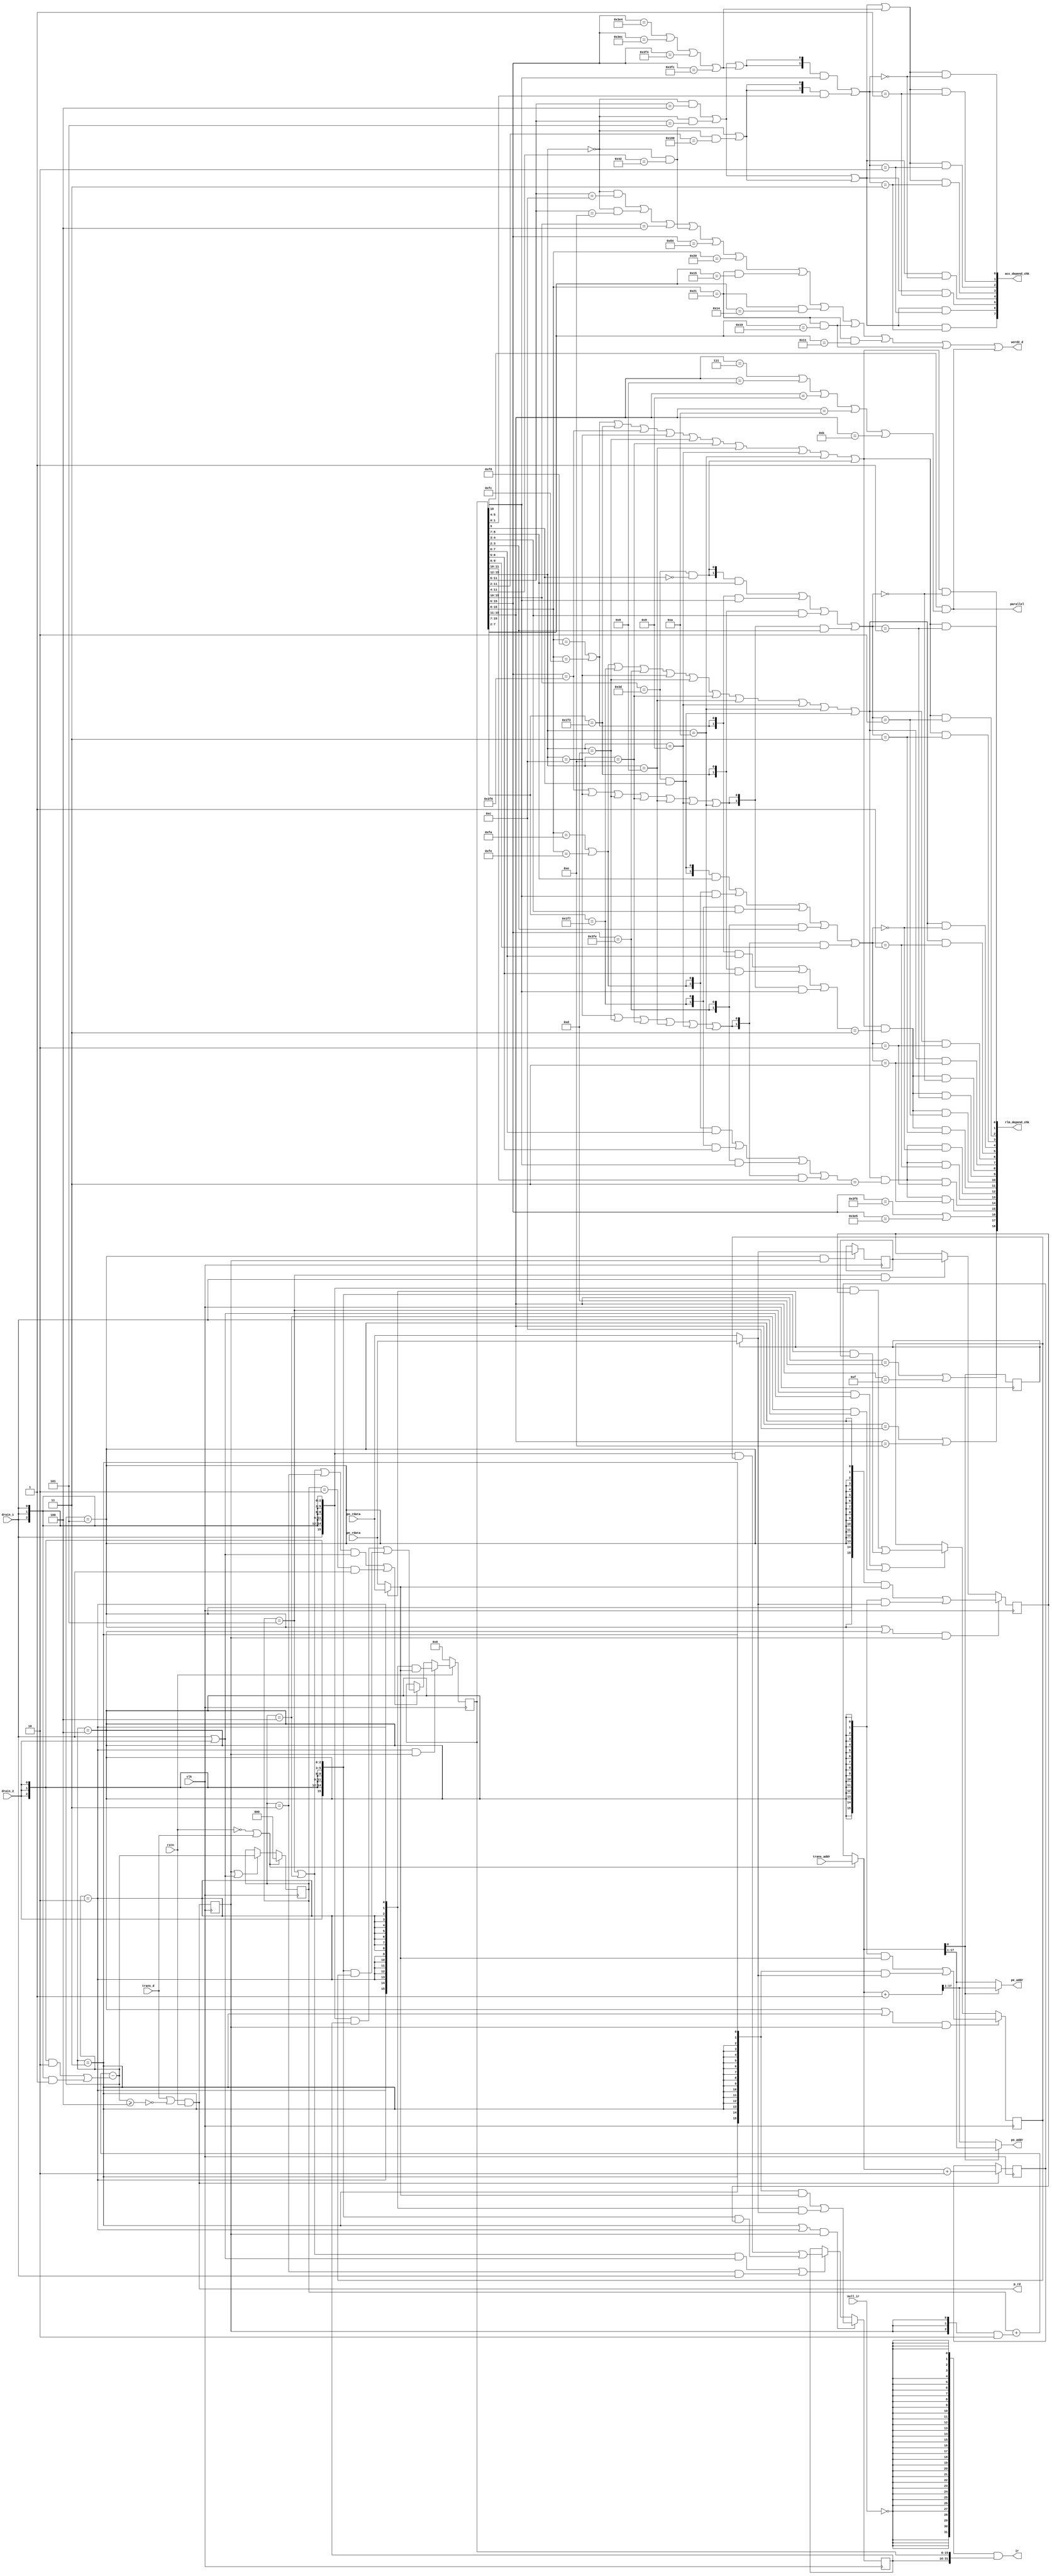
module pgm_fetch(
                 clk, rstn,
                 p_rd, 
                 pe_addr, po_addr,
                 pe_rdata, po_rdata,
                 drain_1, drain_2, 
                 trans_d, trans_addr,
                 null_ir, ir, word2_d, parallel,
                 acc_depend_chk, rlm_depend_chk
                 );

input clk, rstn;
input [15:0] pe_rdata, po_rdata;
input drain_1, drain_2;
input trans_d;
input [17:0] trans_addr;
input null_ir;
output p_rd; 
output [16:0] pe_addr, po_addr;
output [31:0] ir;
output word2_d, parallel;
output [7:0] acc_depend_chk;
output [18:0] rlm_depend_chk;
//-------------------------------
reg [17:0] linear_paddr;
wire [17:0] paddr, next_paddr;
wire [16:0] po_addr, pe_addr;
reg paddr_d;
wire p_rd;
reg fill;
wire [15:0] lead_word, next_word;
reg [2:0] pf_fifo_cnt;
wire [2:0] next_fifo_cnt;
wire next_pt1, next_pt2, next_pt3, next_pt4, next_pt5;
wire pt2, pt3, pt4, pt5;
wire drain;
reg [15:0] pir2, pir1, pir0, ir1, ir0;
wire [31:0] ir;
wire word2_d;
wire ir_0000, jmp_la, jmp_acc, call_la, call_acc;
wire loop_con, loop_var, rep_var, mvli, ldst_la;
wire ld1_acc, ld2_acc, st1_acc, st2_acc;
wire ld1_reg, ld2_reg, ldsa1, ldsa2, push, st1_reg, st2_reg, stsa1, stsa2, pop, mr;
wire ldd1, ldd2, std1, std2, ld1ld2, ld1st2, st1ld2, ldd1ldd2, ldd1std2, std1ldd2;
wire cmpli, adli, anli, orli, xoli;
wire parallel, ir_0010_0001;
wire trans_acc, cnt_acc, ldst_acc, sel_a, sel_b, sel_c, sel_d;
wire [1:0] acc_sel;
wire depend_a_chk_a, depend_b_chk_a, depend_c_chk_a, depend_d_chk_a;
wire depend_a_chk_e, depend_b_chk_e, depend_c_chk_e, depend_d_chk_e;
wire x_reg;
wire [1:0] x_rsel;
wire x_msel;
wire y_reg;
wire [1:0] y_rsel;
wire y_msel;
wire sel_r0, sel_r1, sel_r2, sel_r3, sel_r4, sel_r5, sel_r6, sel_r7;
wire depend_rl0_chk_a, depend_rl1_chk_a, depend_rl2_chk_a, depend_rl3_chk_a;
wire depend_m0_chk_a, depend_m1_chk_a, depend_m2_chk_a, depend_m3_chk_a;
wire depend_xdpp_chk_a, depend_swsp_chk_a;
wire depend_rl4_chk_a, depend_rl5_chk_a, depend_rl6_chk_a, depend_rl7_chk_a;
wire depend_m4_chk_a, depend_m5_chk_a, depend_m6_chk_a, depend_m7_chk_a;
wire depend_ydpp_chk_a;
wire [7:0] acc_depend_chk;
wire [18:0] rlm_depend_chk;
wire x_mr, y_mr;
//-------------------------------------------------
always @ (posedge clk) begin
 if (p_rd)  // p_rd is for `program read`fifoi-memory
   linear_paddr <= paddr + 18'h2; 
end	

assign paddr      = (~rstn | trans_d) ? trans_addr : linear_paddr; // linear_paddrtrans_addrpc
assign next_paddr = paddr + 18'h1; // memory2bankbankback+1    
//------------------------------------------------
// program memory address interface
assign po_addr  = paddr[0] ? paddr[17:1] : next_paddr[17:1];
assign pe_addr  = ~paddr[0] ? paddr[17:1] : next_paddr[17:1];

always @(posedge clk) begin	
   paddr_d <= paddr[0];
end
// program read request
// TODO: next_fifo_cnt change to pf_fifo_cnt
assign p_rd  = (trans_d | ~(next_fifo_cnt >= 3'h4)) & rstn; // fifo count less than or equal to 3

always @(posedge clk) begin
   fill <= p_rd; 
end	

// program memory data interface
assign	lead_word = paddr_d ?  po_rdata : pe_rdata;
assign	next_word = ~paddr_d ?  po_rdata : pe_rdata;
//#######################################
// instruction FIFO
//######################################
// calculate fifo depth

always @ (posedge clk) begin
    if (~rstn | trans_d)         
      pf_fifo_cnt <= 3'h0; 
    else if (fill | drain) // fill: FIFO push, drain: fifo pop
      pf_fifo_cnt  <= next_fifo_cnt;
end

assign next_fifo_cnt = pf_fifo_cnt + ({3{fill}} & 3'h2) 
                                   - (({3{drain_2}} & 3'h2) | ({3{drain_1}} & 3'h1)); // fifo pop 1 or 2
                                   
assign next_pt1 = (next_fifo_cnt == 3'h1);
assign next_pt2 = (next_fifo_cnt == 3'h2);
assign next_pt3 = (next_fifo_cnt == 3'h3);
assign next_pt4 = (next_fifo_cnt == 3'h4);
assign next_pt5 = (next_fifo_cnt == 3'h5); 

assign pt2 = (pf_fifo_cnt == 3'h2);
assign pt3 = (pf_fifo_cnt == 3'h3);
assign pt4 = (pf_fifo_cnt == 3'h4);
assign pt5 = (pf_fifo_cnt == 3'h5); 

//-------------------------------      
// FIFO body
assign drain = drain_1 | drain_2;

always @(posedge clk) begin
 if (next_pt5 & fill)   
     pir2 <= next_word;     
end

always @(posedge clk) begin
 if ((next_pt5 | next_pt4) & fill)   
     pir1 <= ({16{next_pt5}} & lead_word) |
             ({16{next_pt4}} & next_word);
 else if (pt5 & drain_1)
     pir1 <= pir2;
end

always @(posedge clk) begin
 if ((next_pt4 | next_pt3) & fill)   
     pir0 <= ({16{next_pt4}} & lead_word) |
             ({16{next_pt3}} & next_word);  
 else if ((pt5 & drain) | (pt4 & drain_1))
     pir0 <= ({16{drain_1}} & pir1) |
             ({16{drain_2}} & pir2);  
end

always @(posedge clk) begin
 if ((next_pt3 | next_pt2) & fill)   // fifo 1*16bits
     ir1 <= ({16{next_pt3}} & lead_word) |
            ({16{next_pt2}} & next_word);
 else if (((pt5 | pt4) & drain) | (pt3 & drain_1)) // fifo2*16bits
     ir1 <= ({16{drain_1}} & pir0) |
            ({16{drain_2}} & pir1);
end

always @(posedge clk) begin
 if (~rstn) // TODO: ir0reset?
     ir0 <= 16'h0;
 else if (next_pt2 & fill) // fifo empty  
     ir0 <= ({16{next_pt2}} & lead_word);    
 else if (((pt5 | pt4 | pt3) & drain) | (pt2 & drain_1)) // fifo not empty
     ir0 <= ({16{drain_1}} & ir1) |
            ({16{drain_2}} & pir0);
end 
//############################################################
// pre_decode 2-word instructions
assign ir_0000  = (ir0[15:12] == 4'b0000);
assign jmp_la   = ir_0000 & (ir0[11:6]  == 6'b0011_00); 
assign jmp_acc  = ir_0000 & (ir0[11:6]  == 6'b0001_00); 
assign call_la  = ir_0000 & (ir0[11:6]  == 6'b0011_10); 
assign call_acc = ir_0000 & (ir0[11:6]  == 6'b0001_01); 
assign rep_var  = ir_0000 & (ir0[11:2] == 10'b0100_0000_00); 
assign loop_var = ir_0000 & (ir0[11:4]  == 8'b0100_0010); 
assign loop_con = (ir0[15:10] == 6'b0001_00); 
assign mvli     = (ir0[15:6]  == 10'b0010_0001_00); 
assign ldst_la  = (ir0[15:8]  == 8'b0010_0000); 

assign ld1_acc = (ir0[15:6]  == 10'b1111_1001_00);  
assign ld2_acc = (ir0[15:6]  == 10'b1111_1011_00); 
assign st1_acc = (ir0[15:6]  == 10'b1111_1101_00); 
assign st2_acc = (ir0[15:6]  == 10'b1111_1111_00); 
//----------------------------------------------------
assign ld1_reg = (ir0[15:8]  ==  8'b1111_1000); 
assign ld2_reg = (ir0[15:8]  ==  8'b1111_1010);   
assign ldsa1   = (ir0[15:11]  == 5'b0110_0); 
assign ldsa2   = (ir0[15:11]  == 5'b0110_1); 
assign push    = (ir0[15:6]  == 10'b1111_1101_01); 
assign st1_reg = (ir0[15:8]  ==  8'b1111_1100); 
assign st2_reg = (ir0[15:8]  ==  8'b1111_1110);  
assign stsa1   = (ir0[15:11]  == 5'b0111_0); 
assign stsa2   = (ir0[15:11]  == 5'b0111_1); 
assign pop     = (ir0[15:6]  == 10'b1111_1001_01);
assign mr      = (ir0[15:10]  == 6'b1111_01);

assign ldd1 = (ir0[15:7] == 9'b1111_1001_1);
assign ldd2 = (ir0[15:7] == 9'b1111_1011_1);
assign std1 = (ir0[15:6] == 10'b1111_1101_10);
assign std2 = (ir0[15:6] == 10'b1111_1111_10);

assign ld1ld2 = (ir0[15:12] == 4'b1100);
assign ld1st2 = (ir0[15:12] == 4'b1101);
assign st1ld2 = (ir0[15:12] == 4'b1110);

assign ldd1ldd2 = (ir0[15:12] == 4'b1000);
assign ldd1std2 = (ir0[15:12] == 4'b1001);
assign std1ldd2 = (ir0[15:12] == 4'b1010);
//-------------------------------------------------
assign ir_0010_0001 = (ir0[15:8] == 8'b0010_0001);
assign cmpli = ir_0010_0001 & (ir0[7:2] == 6'b0101_01);
assign adli  = ir_0010_0001 & (ir0[7:2] == 6'b0101_00);
assign anli  = ir_0010_0001 & (ir0[7:2] == 6'b0100_00);
assign orli  = ir_0010_0001 & (ir0[7:2] == 6'b0100_01);
assign xoli  = ir_0010_0001 & (ir0[7:2] == 6'b0100_00);

assign parallel = ir0[10] & ((ir0[15:11] == 5'b00111) |
                             (ir0[15:11] == 5'b01000) |
                             (ir0[15:11] == 5'b01001) |
                             (ir0[15:11] == 5'b01010) |
                             (ir0[15:11] == 5'b01011));
//-----------------------------------------------------------
assign word2_d = jmp_la | call_la | loop_con | loop_var | mvli | ldst_la |
                 cmpli | adli | anli | orli | xoli | parallel;
//-----------------------------------------------------------
// jump acc, call acc dependecy check
assign trans_acc = jmp_acc | call_acc;
assign cnt_acc = loop_var | rep_var;
assign ldst_acc  = ld1_acc | ld2_acc | st1_acc |st2_acc;
assign acc_sel = ({2{trans_acc | ldst_acc}} & ir0[5:4]) | 
                 ({2{cnt_acc}} & ir0[1:0]);
assign sel_a = (acc_sel == 2'b00);
assign sel_b = (acc_sel == 2'b01);
assign sel_c = (acc_sel == 2'b10);
assign sel_d = (acc_sel == 2'b11);
assign depend_a_chk_a = (trans_acc | cnt_acc | ldst_acc) & sel_a;
assign depend_b_chk_a = (trans_acc | cnt_acc | ldst_acc) & sel_b;
assign depend_c_chk_a = (trans_acc | cnt_acc | ldst_acc) & sel_c;
assign depend_d_chk_a = (trans_acc | cnt_acc | ldst_acc) & sel_d;
assign depend_a_chk_e = (trans_acc | cnt_acc) & sel_a;
assign depend_b_chk_e = (trans_acc | cnt_acc) & sel_b;
assign depend_c_chk_e = (trans_acc | cnt_acc) & sel_c;
assign depend_d_chk_e = (trans_acc | cnt_acc) & sel_d;
assign acc_depend_chk = {depend_d_chk_e, depend_c_chk_e, depend_b_chk_e, depend_a_chk_e, 
                         depend_d_chk_a, depend_c_chk_a, depend_b_chk_a, depend_a_chk_a};
//----------------------------------------------------------
// r, l, m, xdpp, ydpp, swsp dependency check
assign x_mr = mr & ~ir0[9];

assign y_mr = mr & ir0[9];

assign x_reg  = ld1_reg | st1_reg | ldd1 | std1 | ld1ld2 | ld1st2 | st1ld2 |
                 ldd1ldd2 | ldd1std2 | std1ldd2 | x_mr;
assign x_rsel = ({2{x_mr}} & ir0[8:7]) | 
                  ({2{ld1_reg | st1_reg}} & ir0[5:4]) |
                  ({2{ldd1}} & ir0[4:3]) |
                  ({2{std1 | ld1ld2 | ld1st2 | st1ld2 | ldd1ldd2 | ldd1std2 | std1ldd2}} & ir0[3:2]);             
assign x_msel = ((({2{ld1_reg | st1_reg}} & ir0[7:6]) |
                  ({2{ldd1}} & ir0[6:5]) |
                  ({2{std1 | ld1ld2 | ld1st2 | st1ld2 | ldd1ldd2 | ldd1std2 | std1ldd2}} & ir0[5:4]))
                  == 2'b11);
assign y_reg = ld2_reg | st2_reg | ldd2 | std2 | ld1ld2 | ld1st2 | st1ld2 |
                 ldd1ldd2 | ldd1std2 | std1ldd2 | y_mr;
assign y_rsel = ({2{y_mr}} & ir0 [8:7]) |
                  ({2{ld2_reg | st2_reg}} & ir0[5:4]) |
                  ({2{ldd2}} & ir0[4:3]) |
                  ({2{std2}} & ir0[3:2]) |
                  ({2{ld1ld2 | ld1st2 | st1ld2 | ldd1ldd2 | ldd1std2 | std1ldd2}} & ir0[9:8]);         
assign y_msel  = ((({2{ld2_reg | st2_reg}} & ir0[7:6]) |
                  ({2{ldd2}} & ir0[6:5]) |
                  ({2{std2}} & ir0[5:4]) |
                  ({2{ld1ld2 | ld1st2 | st1ld2 | ldd1ldd2 | ldd1std2 | std1ldd2}} & ir0[11:10])) 
                  == 2'b11);  
assign sel_r0 = (x_rsel == 2'b00);
assign sel_r1 = (x_rsel == 2'b01);
assign sel_r2 = (x_rsel == 2'b10);
assign sel_r3 = (x_rsel == 2'b11);
assign sel_r4 = (y_rsel == 2'b00);
assign sel_r5 = (y_rsel == 2'b01);
assign sel_r6 = (y_rsel == 2'b10);
assign sel_r7 = (y_rsel == 2'b11);

assign depend_rl0_chk_a = x_reg & sel_r0;
assign depend_rl1_chk_a = x_reg & sel_r1;
assign depend_rl2_chk_a = x_reg & sel_r2;
assign depend_rl3_chk_a = x_reg & sel_r3;
assign depend_m0_chk_a  = x_reg & x_msel & sel_r0;
assign depend_m1_chk_a  = x_reg & x_msel & sel_r1;
assign depend_m2_chk_a  = x_reg & x_msel & sel_r2;
assign depend_m3_chk_a  = x_reg & x_msel & sel_r3;
assign depend_xdpp_chk_a = ldsa1 | stsa1;
assign depend_swsp_chk_a = push | pop;
assign depend_rl4_chk_a = y_reg & sel_r4;
assign depend_rl5_chk_a = y_reg & sel_r5;
assign depend_rl6_chk_a = y_reg & sel_r6;
assign depend_rl7_chk_a = y_reg & sel_r7;
assign depend_m4_chk_a  = y_reg & y_msel & sel_r4;
assign depend_m5_chk_a  = y_reg & y_msel & sel_r5;
assign depend_m6_chk_a  = y_reg & y_msel & sel_r6;
assign depend_m7_chk_a  = y_reg & y_msel & sel_r7;
assign depend_ydpp_chk_a = ldsa2 | stsa2;
assign rlm_depend_chk = {depend_ydpp_chk_a, depend_xdpp_chk_a, depend_swsp_chk_a, 
                         depend_m7_chk_a, depend_m6_chk_a, depend_m5_chk_a, depend_m4_chk_a,
                         depend_m3_chk_a, depend_m2_chk_a, depend_m1_chk_a, depend_m0_chk_a,
                         depend_rl7_chk_a, depend_rl6_chk_a, depend_rl5_chk_a, depend_rl4_chk_a,
                         depend_rl3_chk_a, depend_rl2_chk_a, depend_rl1_chk_a, depend_rl0_chk_a};
                         
                         
//#######################################################
assign ir = {32{~null_ir}} & {ir1, ir0};

endmodule